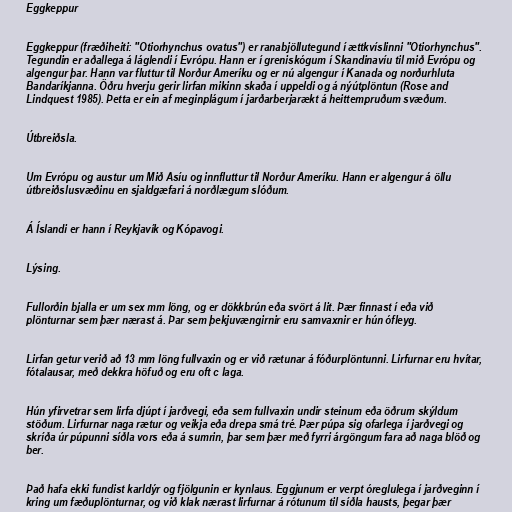
Eggkeppur

Eggkeppur (fræðiheiti: "Otiorhynchus ovatus") er ranabjöllutegund í ættkvíslinni "Otiorhynchus".
Tegundin er aðallega á láglendi í Evrópu. Hann er í greniskógum í Skandinavíu til mið Evrópu og
algengur þar. Hann var fluttur til Norður Ameríku og er nú algengur í Kanada og norðurhluta
Bandaríkjanna. Öðru hverju gerir lirfan mikinn skaða í uppeldi og á nýútplöntun (Rose and
Lindquest 1985). Þetta er ein af meginplágum í jarðarberjarækt á heittempruðum svæðum.

Útbreiðsla.

Um Evrópu og austur um Mið Asíu og innfluttur til Norður Ameríku. Hann er algengur á öllu
útbreiðslusvæðinu en sjaldgæfari á norðlægum slóðum.

Á Íslandi er hann í Reykjavík og Kópavogi.

Lýsing.

Fullorðin bjalla er um sex mm löng, og er dökkbrún eða svört á lit. Þær finnast í eða við
plönturnar sem þær nærast á. Þar sem þekjuvængirnir eru samvaxnir er hún ófleyg.

Lirfan getur verið að 13 mm löng fullvaxin og er við rætunar á fóðurplöntunni. Lirfurnar eru hvítar,
fótalausar, með dekkra höfuð og eru oft c laga.

Hún yfirvetrar sem lirfa djúpt í jarðvegi, eða sem fullvaxin undir steinum eða öðrum skýldum
stöðum. Lirfurnar naga rætur og veikja eða drepa smá tré. Þær púpa sig ofarlega í jarðvegi og
skríða úr púpunni síðla vors eða á sumrin, þar sem þær með fyrri árgöngum fara að naga blöð og
ber.

Það hafa ekki fundist karldýr og fjölgunin er kynlaus. Eggjunum er verpt óreglulega í jarðveginn í
kring um fæðuplönturnar, og við klak nærast lirfurnar á rótunum til síðla hausts, þegar þær